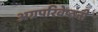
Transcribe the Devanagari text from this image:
अग्रपरिवेष्ठनी